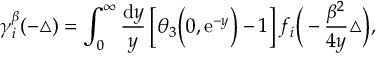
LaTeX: \gamma _ { i } ^ { \beta } ( - \triangle ) = \int _ { 0 } ^ { \infty } { \frac { { \mathrm { d } } y } { y } } \left[ \theta _ { 3 } \Big ( 0 , { \mathrm { e } } ^ { - y } \Big ) - 1 \right] f _ { i } \Big ( - \frac { \beta ^ { 2 } } { 4 y } \triangle \Big ) ,